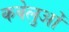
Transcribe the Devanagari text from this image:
कवेलुओं